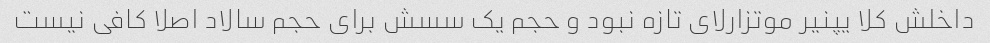
داخلش کلا یپنیر موتزارلای تازه نبود و حجم یک سسش برای حجم سالاد اصلا کافی نیست